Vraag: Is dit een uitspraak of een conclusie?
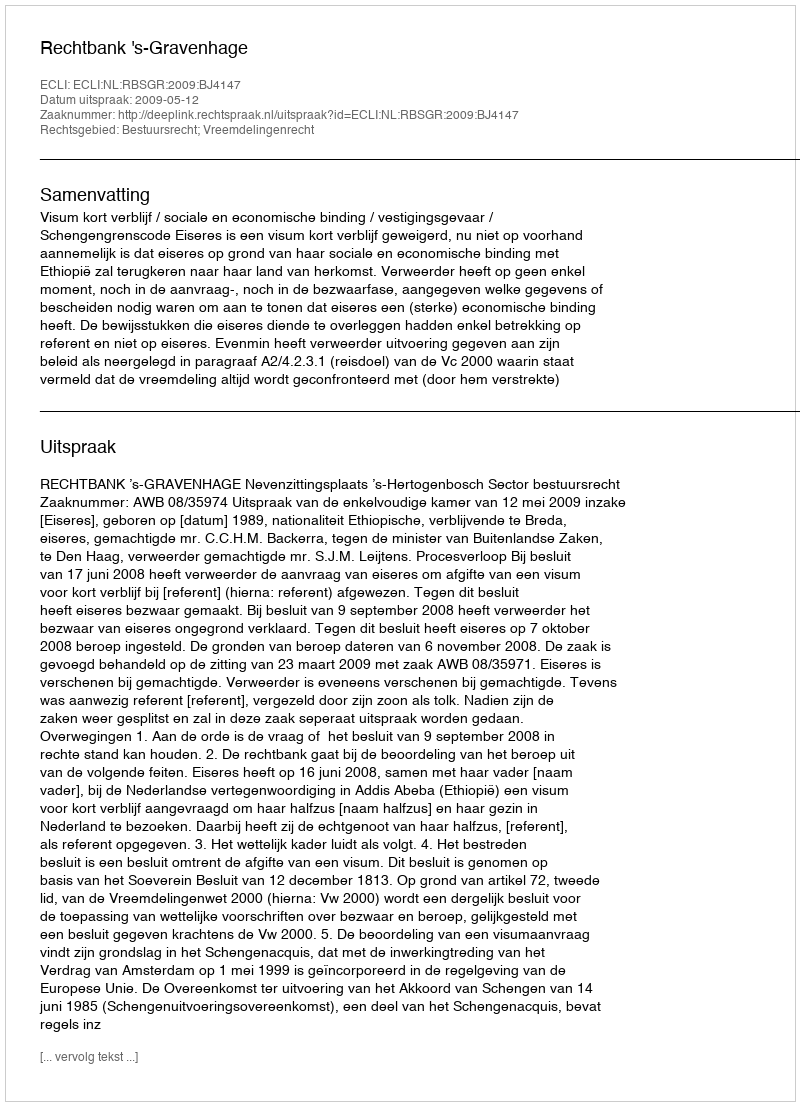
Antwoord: Uitspraak